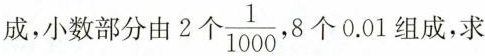
成，小数部分由2个\frac{1}{1000},8 个0.01组成，求